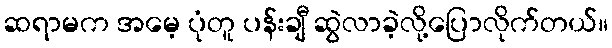
ဆရာမက အမေ့ ပုံတူ ပန်းချီ ဆွဲလာခဲ့လို့ပြောလိုက်တယ်။